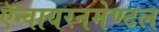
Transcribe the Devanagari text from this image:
ऍन्वायरनमेण्टल